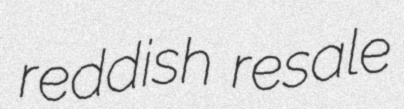
reddish resale